Lunatic asylums United Provinces 1909-1921 - 1909-1921
Year: 1909
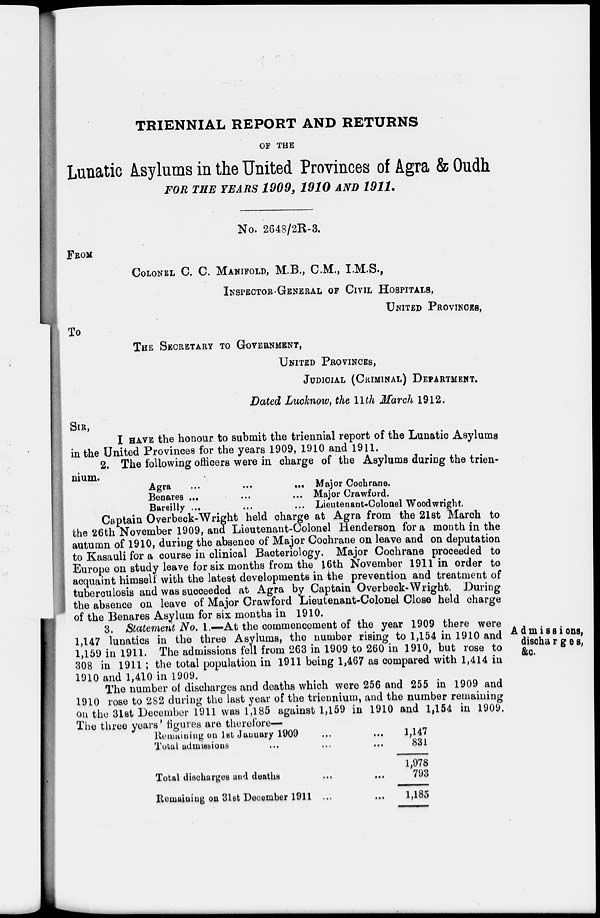
TRIENNIAL REPORT AND RETURNS
OF THE
Lunatic Asylums in the United Provinces of Agra & Oudh
FOR THE YEARS 1909, 1910 AND 1911.
No. 2648/2R-3.
FROM
COLONEL C. C. MANIFOLD, M.B., C.M., I.M.S.,
INSPECTOR-GENERAL OF CIVIL HOSPITALS,
UNITED PROVINCES,
To
THE SECRETARY TO GOVERNMENT,
UNITED PROVINCES,
JUDICIAL (CRIMINAL) DEPARTMENT.
Dated Lucknow, the 11 th March 1912.
SIR,
I HAVE the honour to submit the triennial report of the Lunatic Asylums
in the United Provinces for the years 1909, 1910 and 1911.
2. The following officers were in charge of the Asylums during the trien-
nium.
Agra
...
...
...
Benares ... ... ...
Bareilly ... ... ...
Major Cochrane.
Major Crawford.
Lieutenant-Colonel Woodwright.
Captain Overbeck-Wright held charge at Agra from the 21st March to
the 26th November 1909, and Lieutenant-Colonel Henderson for a month in the
autumn of 1910, during the absence of Major Cochrane on leave and on deputation
to Kasauli for a course in clinical Bacteriology. Major Cochrane proceeded to
Europe on study leave for six months from the 16th November 1911 in order to
acquaint himself with the latest developments in the prevention and treatment of
tuberculosis and was succeeded at Agra by Captain Overbeck-Wright. During
the absence on leave of Major Crawford Lieutenant-Colonel Close held charge
of the Benares Asylum for six months in 1910.
Admissions,
discharges,
&c.
3. Statement No. 1.—At the commencement of the year 1909 there were
1,147 lunatics in the three Asylums, the number rising to 1,154 in 1910 and
1,159 in 1911. The admissions fell from 263 in 1909 to 260 in 1910, but rose to
308 in 1911 ; the total population in 1911 being 1,467 as compared with 1,414 in
1910 and 1,410 in 1909.
The number of discharges and deaths which were 256 and 255 in 1909 and
1910 rose to 282 during the last year of the triennium, and the number remaining
on the 31st December 1911 was 1,185 against 1,159 in 1910 and 1,154 in 1909.
The three years , figures are therefore—
Remaining on 1st January 1909
...
...
Total admissions
...
...
Total discharges and deaths
...
...
Remaining on 31st December 1911 ... ...
1,147
831
1,978
793
1,185